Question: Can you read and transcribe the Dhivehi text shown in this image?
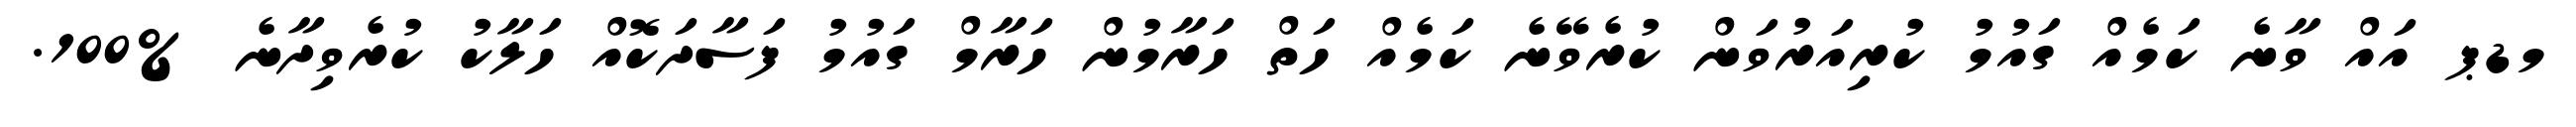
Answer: މޑޕ އައް ވާނެ ކަމެއް ގައުމު ކުރިއަރުވަން ކުރެވޭނެ ކަމެއް ހަތް ހަރާމުން ހަރާމް ގައުމު ފަސާދަކޮއް ހަލާކު ކުރެވިދާނެ %100.